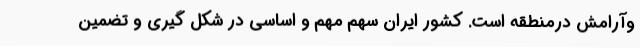
وآرامش درمنطقه است. کشور ایران سهم مهم و اساسی در شکل گیری و تضمين